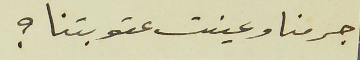
جرمنا وعينت عقوبتنا ؟